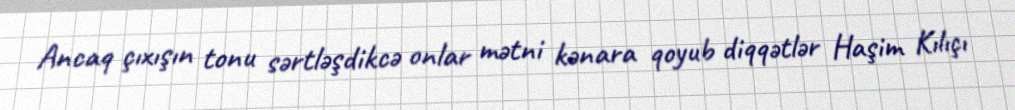
Ancaq çıxışın tonu sərtləşdikcə onlar mətni kənara qoyub diqqətlər Haşim Kılıçı